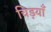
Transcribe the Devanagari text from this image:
चिड़याँ